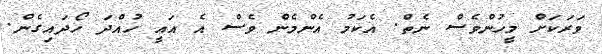
ވަރަކަށް މީހުންވެސް ނެތް. އެކަމު އެންމެން ވެސް އެ އައީ ހުއްދަ ހޯދައިގެން.